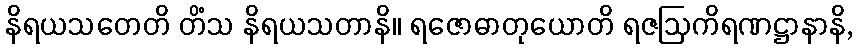
နိရယသတေတိ တိံသ နိရယသတာနိ။ ရဇောဓာတုယောတိ ရဇဩကိရဏဋ္ဌာနာနိ,